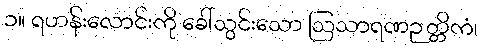
၁။ ရဟန်းလောင်းကို ခေါ်သွင်းသော ဩသာရဏဉတ္တိကံ၊